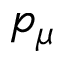
p _ { \mu }